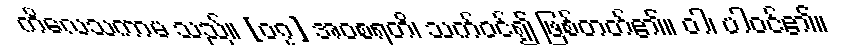
ကိလေသကာမ သည်။ [၀၇] အဝစရတိ၊ သက်ဝင်၍ ဖြစ်တတ်၏။ ဝါ၊ ပါဝင်၏။